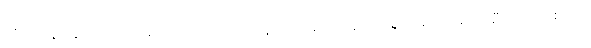
ကိုယ်ဝန်ဆောင်ကာလမှာ မူးဝေ အော့အန်တာမျိုးက ဖြစ်လေ့ရှိပေမဲ့ အမျိုးသမီး အများစုဟာ